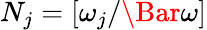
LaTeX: N_{j}=[\omega_{j}/\Bar{\omega}]